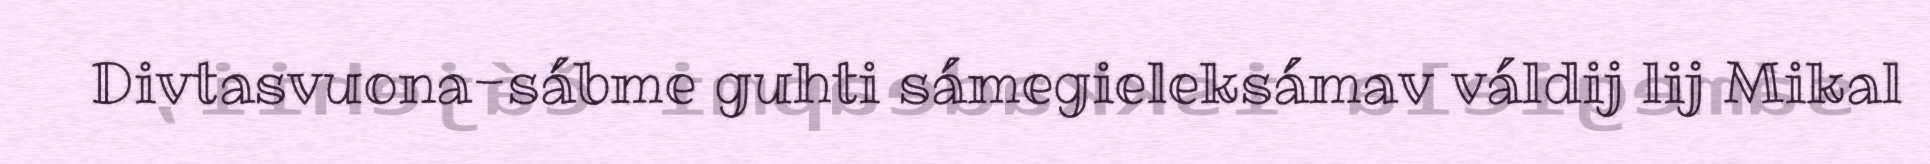
Divtasvuona-sábme guhti sámegieleksámav váldij lij Mikal